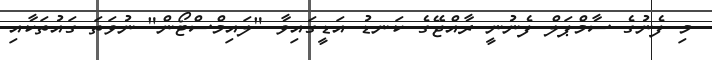
މި ފެނުގެ ސާމްޕަލް ފެނުނީ ރާއްޖޭގެ ކަނޑު އަޑީގައިވާ "ލައިމްސްޓޯން" ނުވަތަ ގައުތަަކާއި